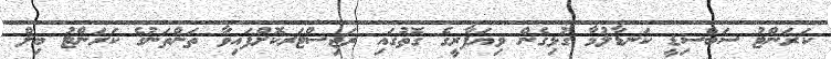
ކަރަންޓު ސަބްސިޑީ ކަނޑާލުމާ ގުޅިގެން ވިޔަފާރީގެ ގޮތުގައި ރަޖިސްޓަރކޮށްފައިވާ ތަންތަނުގެ ކަރަންޓު ބިލް